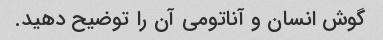
گوش انسان و آناتومی آن را توضیح دهید.